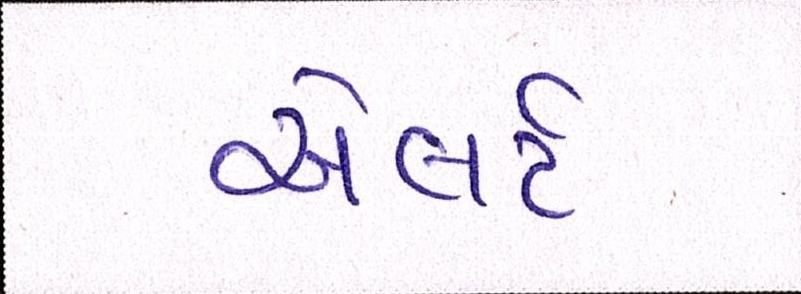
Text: એલર્ટ